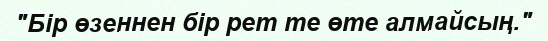
"Бір өзеннен бір рет те өте алмайсың."